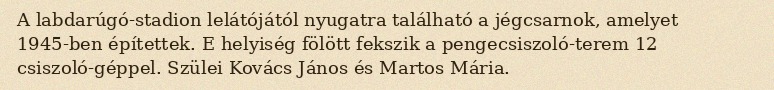
A labdarúgó-stadion lelátójától nyugatra található a jégcsarnok, amelyet 1945-ben építettek. E helyiség fölött fekszik a pengecsiszoló-terem 12 csiszoló-géppel. Szülei Kovács János és Martos Mária.